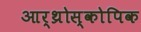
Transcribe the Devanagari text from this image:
आर्थ्रोस्कोपिक